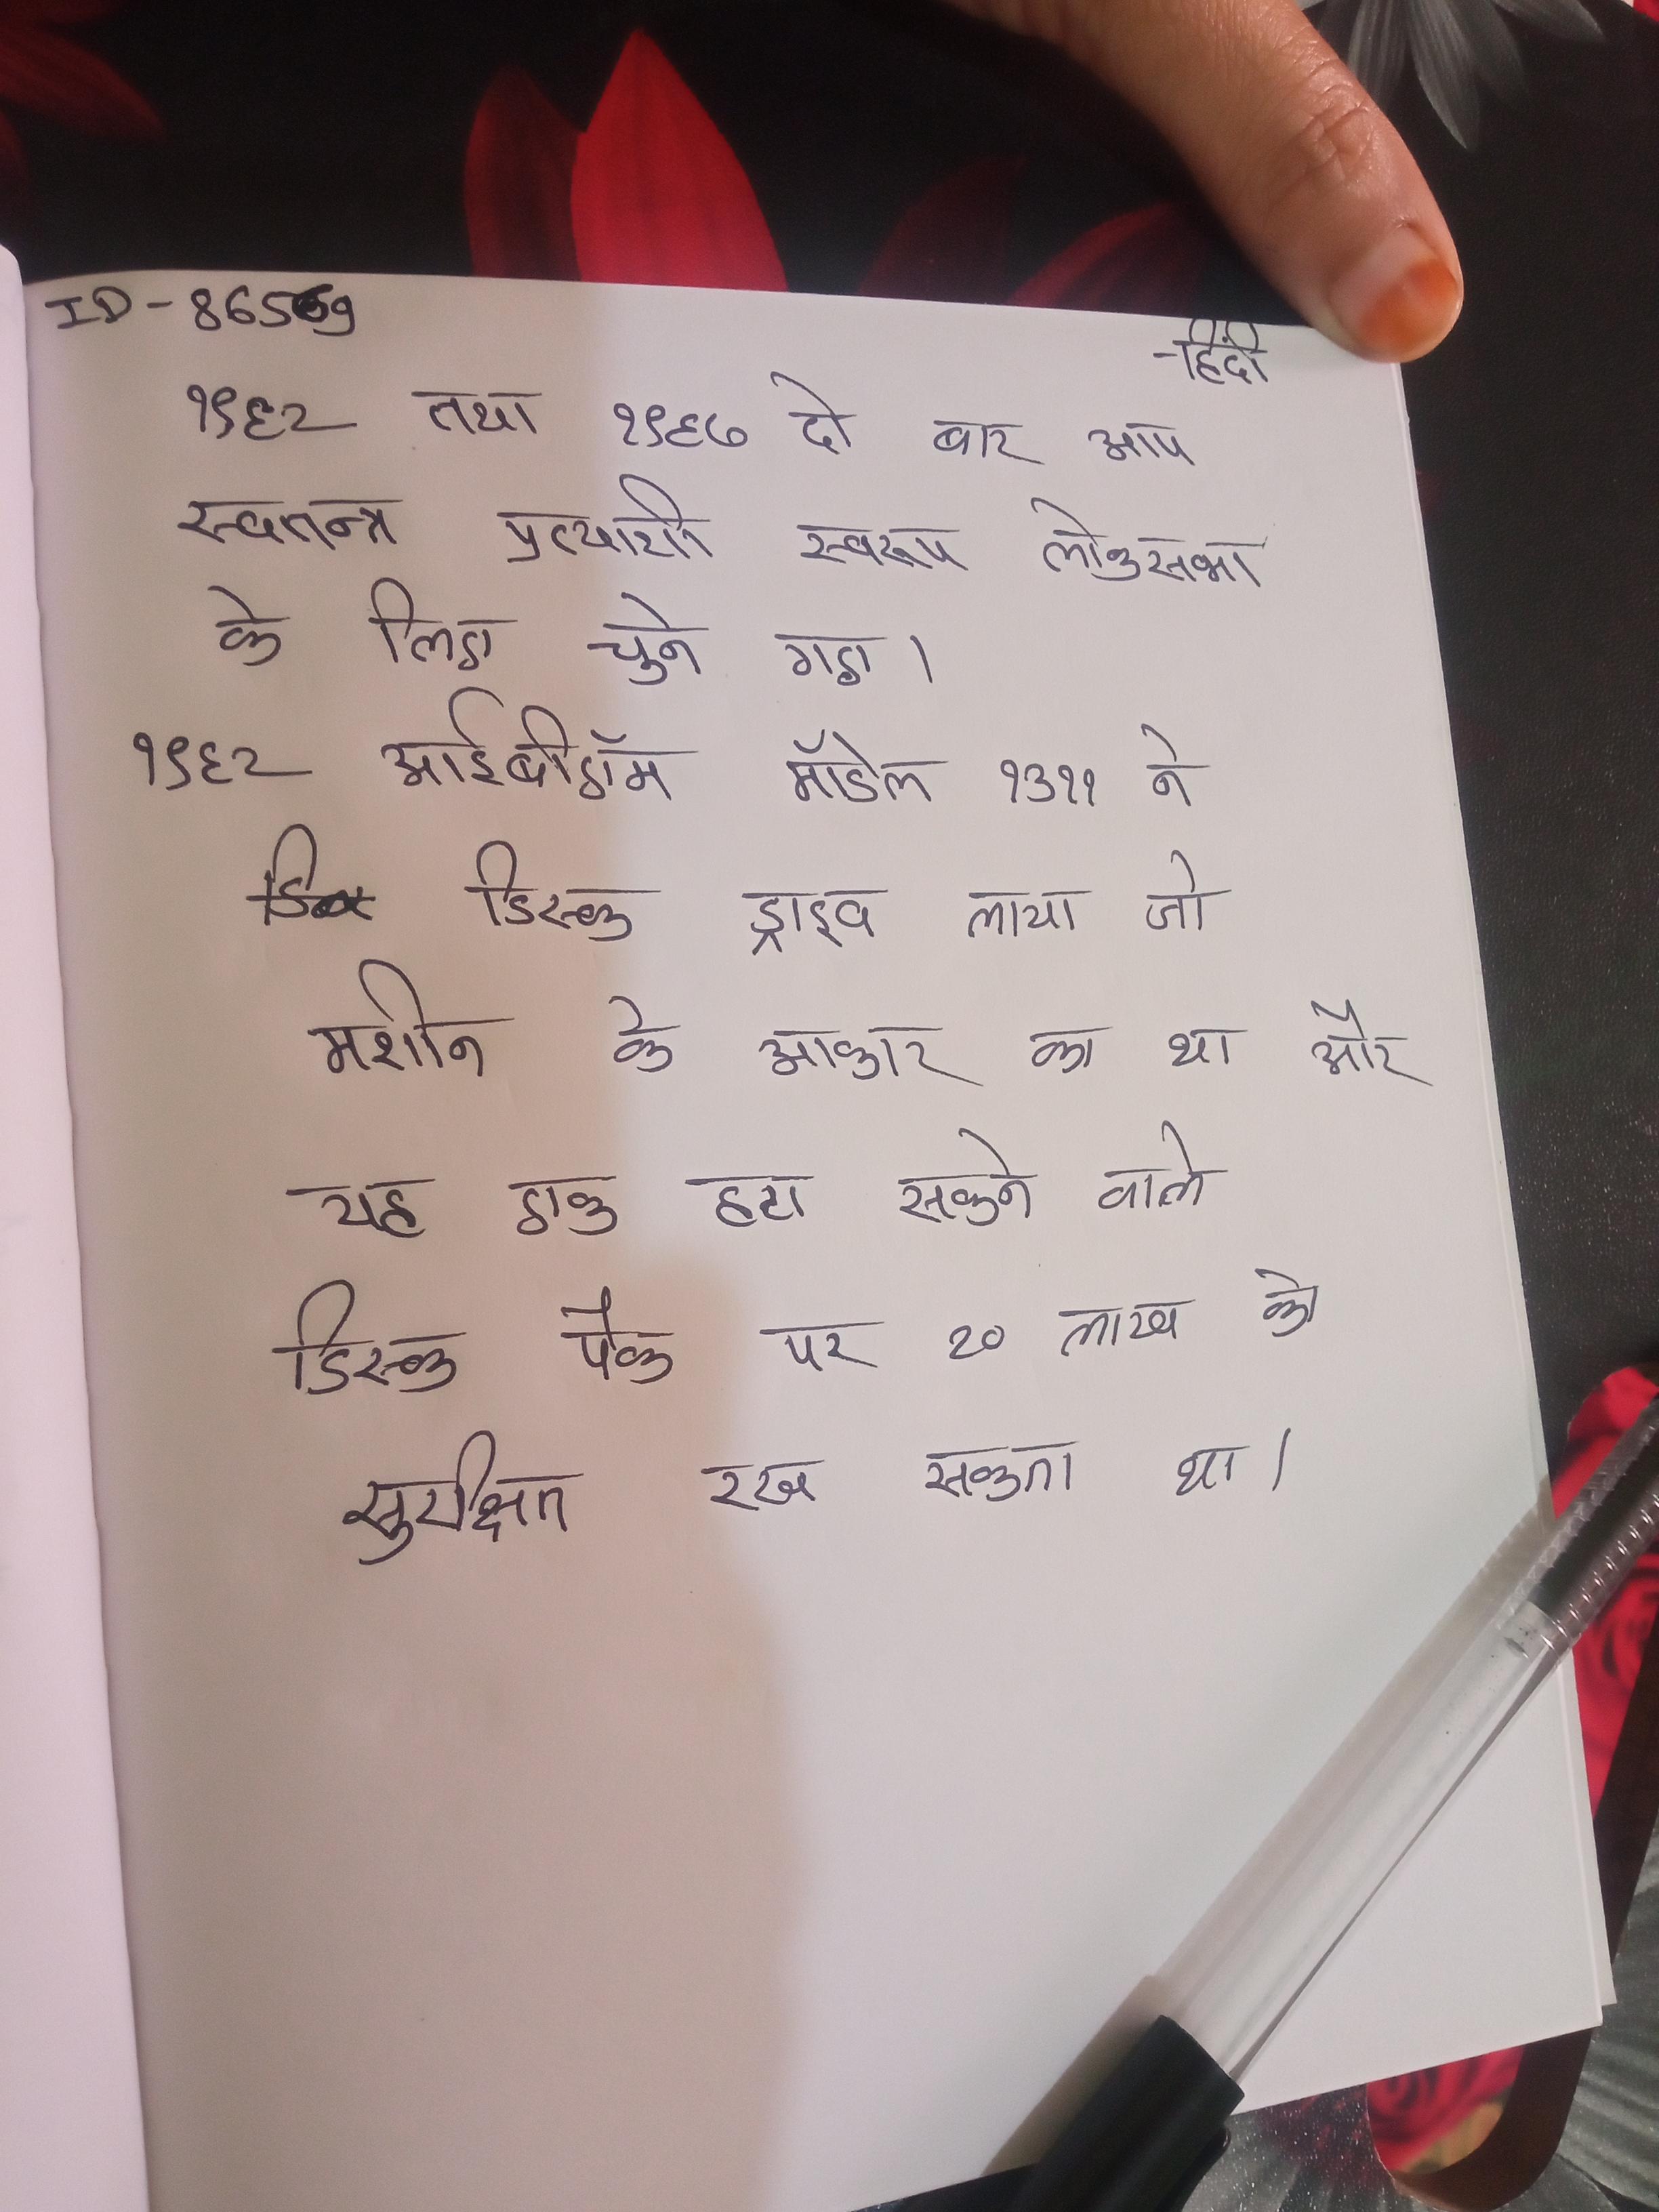
१९६२ तथा १९६७ दो बार आप स्वतन्त्र प्रत्याशी स्वरूप लोकसभा के लिए चुने गए । १९६२ आईबीऍम मॉडेल १३११ ने डिस्क ड्राइव लाया जो मशीन के आकार का था और यह एक हटा सकने वाले डिस्क पैक पर २० लाख को सुरक्षित रख सकता था ।